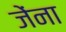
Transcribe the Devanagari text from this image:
जेंना